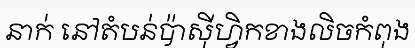
នាក់ នៅតំបន់ប៉ាស៊ីហ្វិកខាងលិចកំពុង